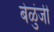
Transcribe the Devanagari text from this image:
बेळुंजी